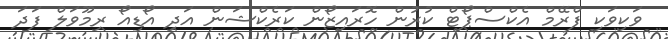
ވަކިވަކި ފްރޭމް އެކްސްޕޯޓް ކުރުން ހޮރައިޒޯން ކަރެކްޝަން އަދި އޯޑިއޯ ރިމޫވަލް ފަދަ